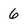
Character: 6